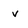
Character: v